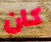
كان